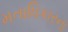
મતાધિકારના